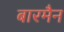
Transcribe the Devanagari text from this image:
बारमैन